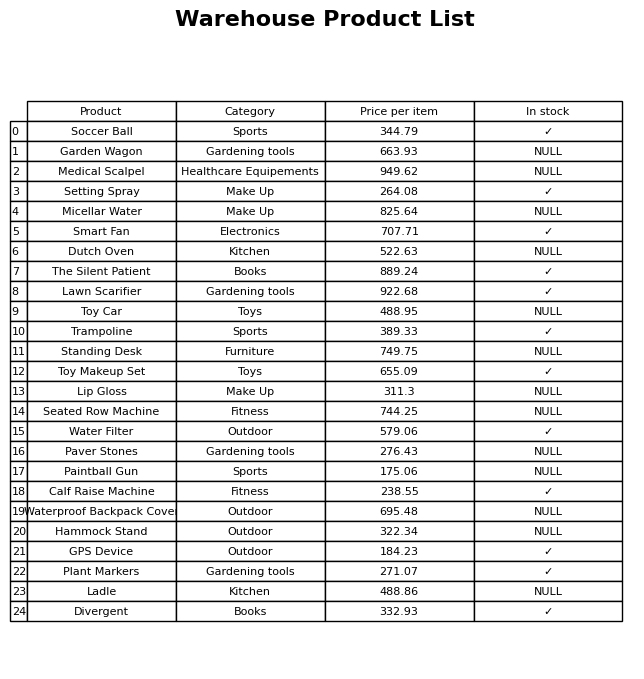
question: What is the price of the Waterproof Backpack Cover?
answer: The price of Waterproof Backpack Cover is 695.48.